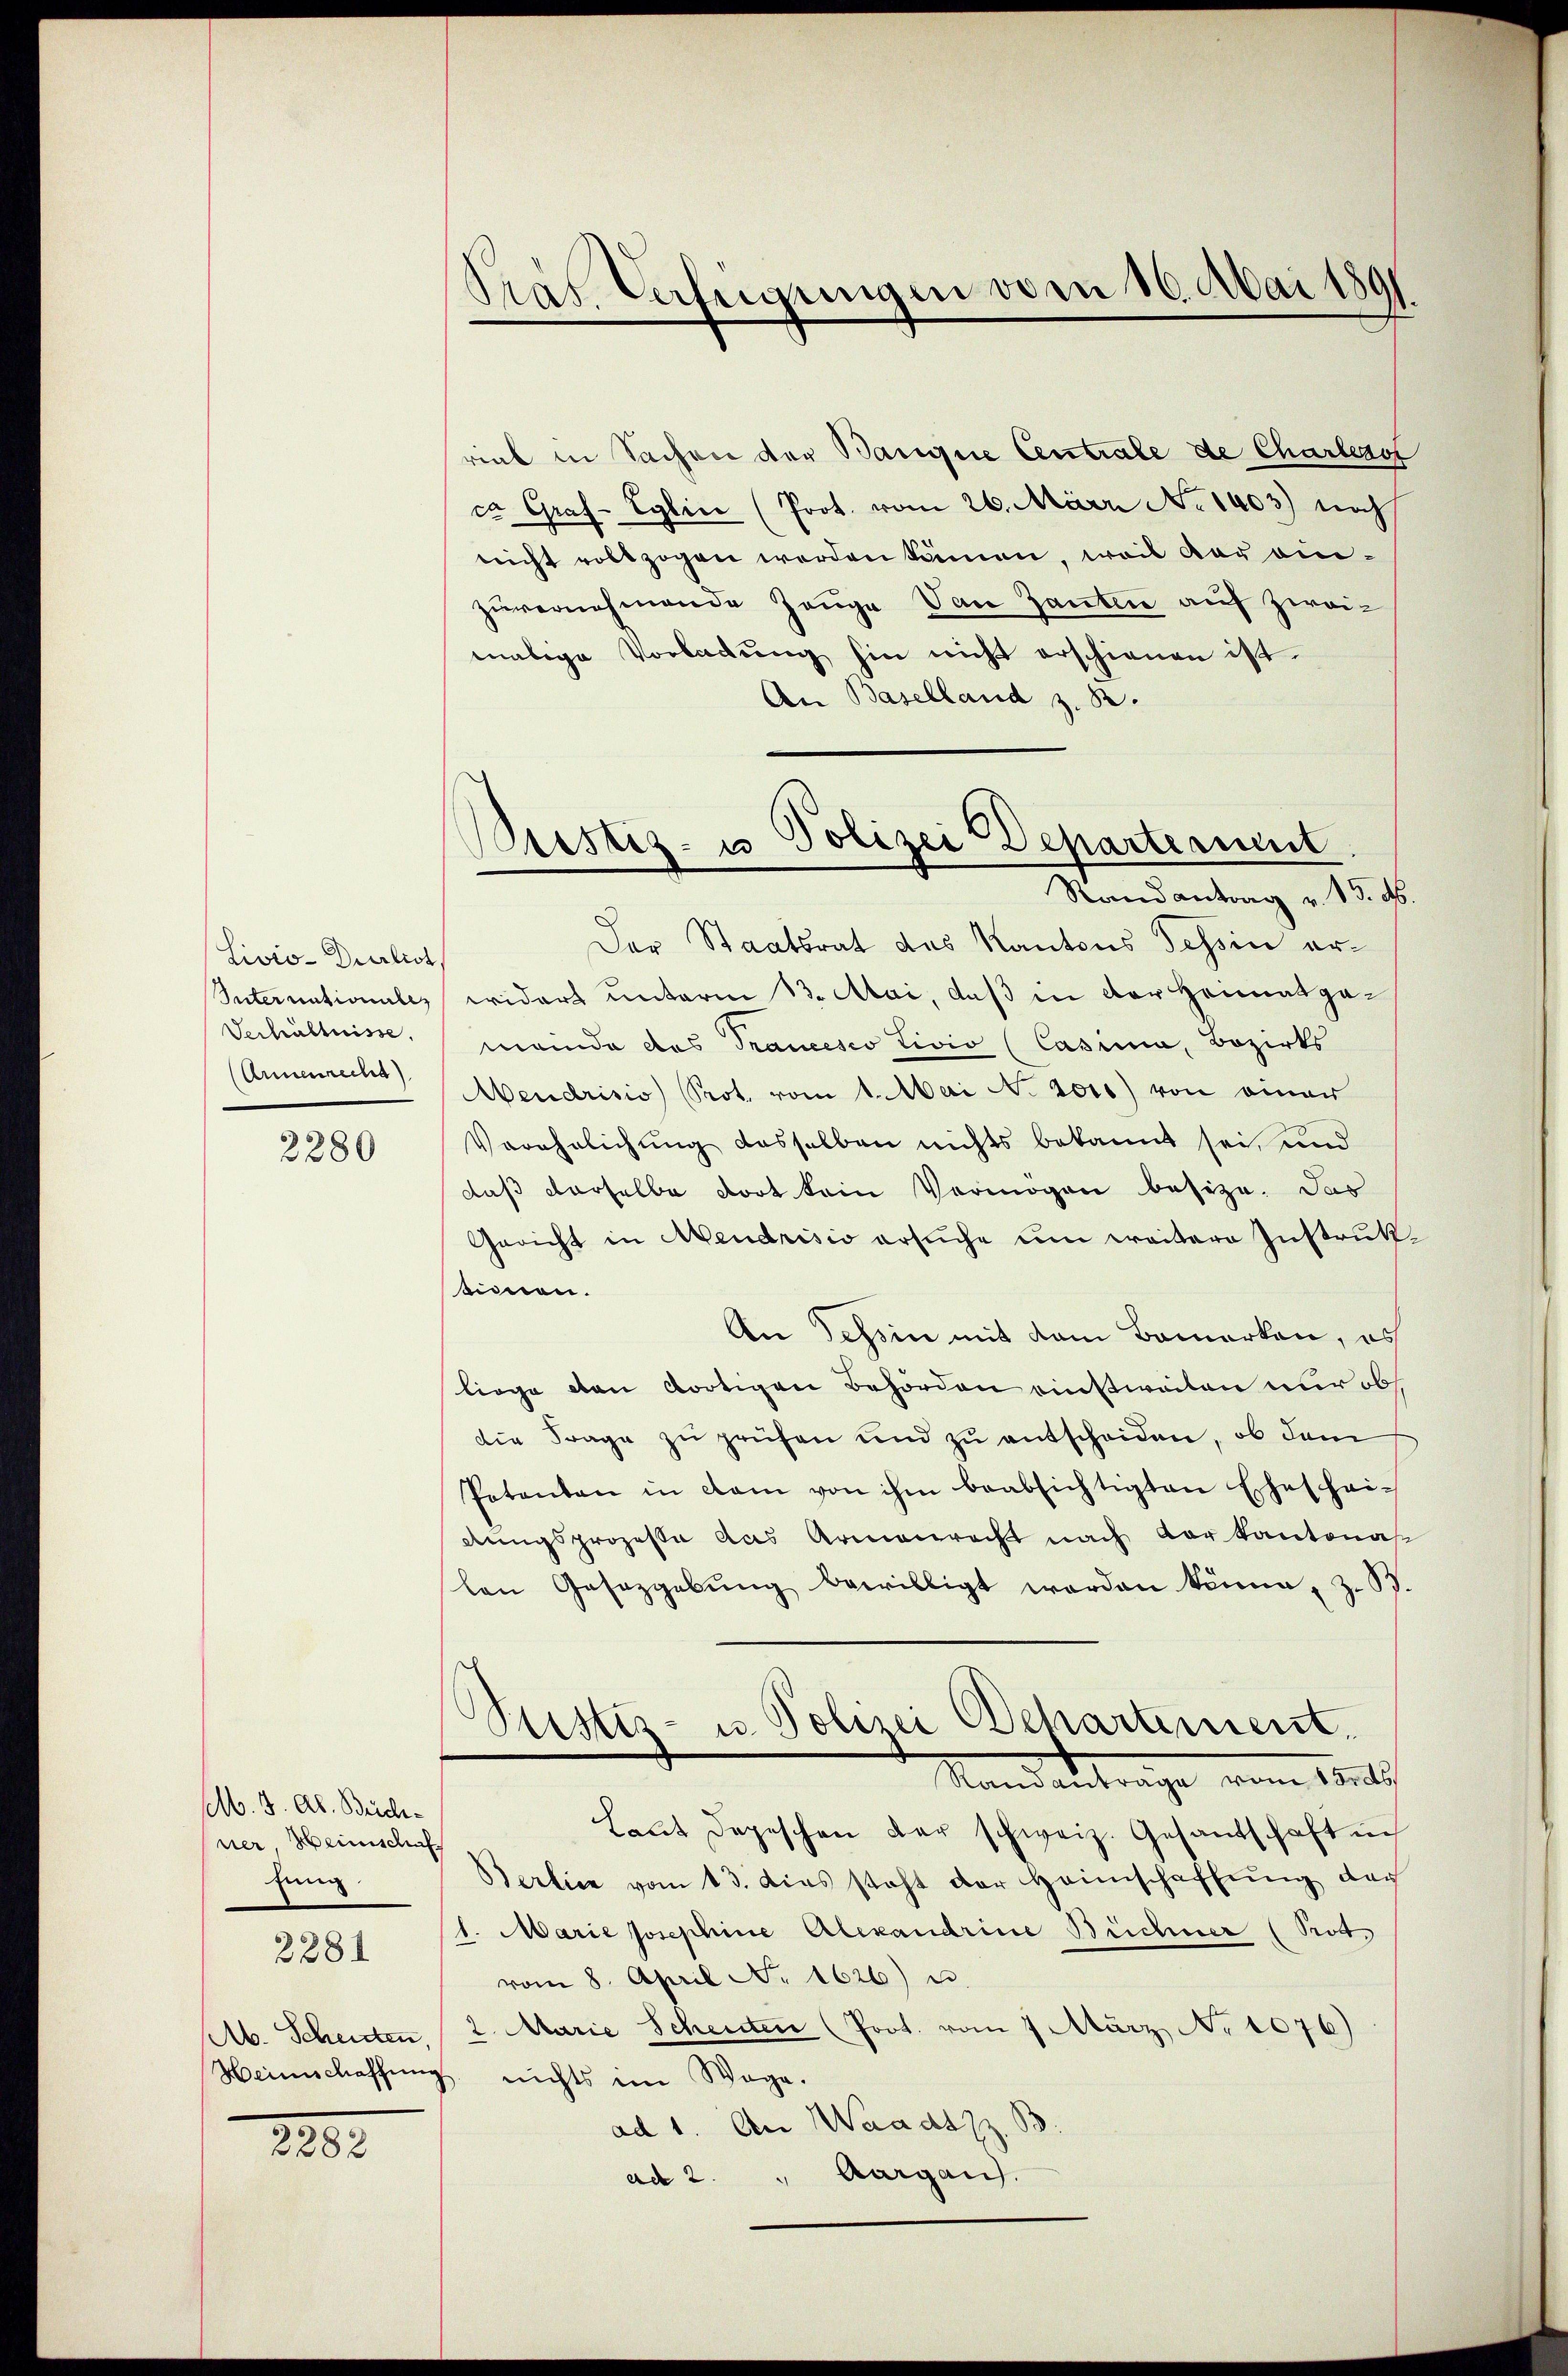
Livio-Durlist
Verhältnisse,
Annenrecht)

2280

elb. J. A. Beichner Heinschaf
Eing
2281

1202.

Nas Verfügungen den 16. Mai 189

rick in Sachen der Banque Centrale de Charlass
ca Graf- Eglin (Prot. vom 26. März No 1403) noch
nicht vollzogen werden können, weil der einzŭvernehmende Zeŭge Dan Ganten auf zweimalige Vorladŭng hin nicht erschienen ist.
An Baselland z. B.
Der Staatsrat des Kantons Tessin er¬
Internationales widert unterm 13. Mai, daß in der Heimatgamende das Trancesco Livio (Casima, Bezirks
endrisis Prot. vom 1. Mai v. 2011) von einer
Verehelichung desselben nichts bekannt sei, und
daß derselbe dort kein Vermögen besize. Das
Gericht in Mendrisio ersuche um weitere Instrukeinnen.
An Tessin mit dem Bemerken, es
liege den dortigen Behörden einstweilen nur obs
die Frage zŭ prüfen und zu entscheiden, ob dem
Patenten in dem von ihm beabsichtigten Ehescheidungsprozesse das Armenrecht nach der kantonal
len Gesetzgebŭng bewilligt werden könne, z. B.
.
Pustiz- u. Polizei Behartement.
Standantrage vom 10te
Laŭt Depeschen der schweiz. Gesandschaft in
Berlier vom 13. dies steht der Heimschaffŭng doch
1. Marie Josephine Alexandrine Büchner (Prot
vom 8. April N. 1626) u.
Ab. Schenten 2. Marie Scheuten (Poot. vom 7. März No 1076)
Weinschaffŭng nichts im Wege.
ad 1. An Waadtzz B
ad 2. " Aargau.

Pristiz- u Polizei Departermit
Randantrag v. 15. d.